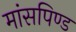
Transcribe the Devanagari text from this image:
मांसपिण्ड